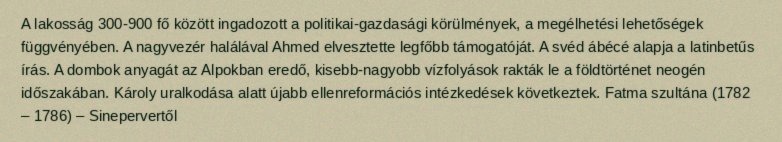
A lakosság 300-900 fő között ingadozott a politikai-gazdasági körülmények, a megélhetési lehetőségek függvényében. A nagyvezér halálával Ahmed elvesztette legfőbb támogatóját. A svéd ábécé alapja a latinbetűs írás. A dombok anyagát az Alpokban eredő, kisebb-nagyobb vízfolyások rakták le a földtörténet neogén időszakában. Károly uralkodása alatt újabb ellenreformációs intézkedések következtek. Fatma szultána (1782 – 1786) – Sinepervertől